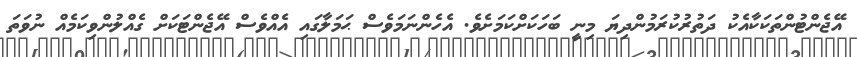
އޭޖެންޓުންތަކަކާއެކު ދަތުރުކުރަމުންދިޔަ މިނީ ބަހަކަށްކަމަށެވެ. އެހެންނަމަވެސް ޙަމަލާގައި އެއްވެސް އޭޖެންޓަކަށް ގެއްލުންވިކަމެއް ނުވަތަ